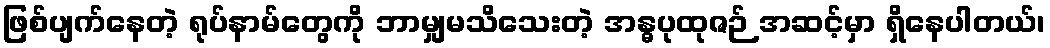
ဖြစ်ပျက်နေတဲ့ ရုပ်နာမ်တွေကို ဘာမျှမသိသေးတဲ့ အန္ဓပုထုဇဉ် အဆင့်မှာ ရှိနေပါတယ်၊